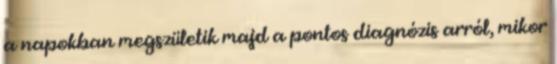
a napokban megszületik majd a pontos diagnózis arról, mikor